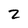
Character: z